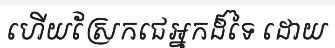
ហើយស្រែកជេអ្នកដ៏ទៃ ដោយ